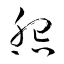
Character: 怨